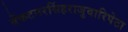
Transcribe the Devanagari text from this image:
वेंकटनरसिंहराजुवारिपेटा